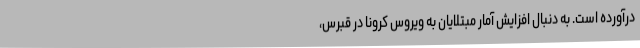
درآورده است. به دنبال افزایش آمار مبتلایان به ویروس کرونا در قبرس،